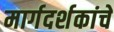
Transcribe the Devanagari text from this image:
मार्गदर्शकांचे